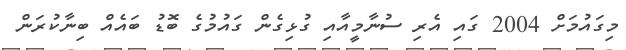
މިގައުމަށް 2004 ގައި އެރި ސުނާމީއާއި ގުޅިގެން ގައުމުގެ ބޮޑު ބައެއް ބިނާކުރަން